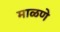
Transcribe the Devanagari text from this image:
माळणे